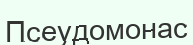
Псеудомонас